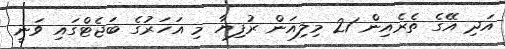
އަދި އޭގެ ތެރެއިން 21 މިލިއަން ރުފިޔާ މި އަހަރުގެ ބަޖެޓްގައި ވަނީ